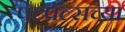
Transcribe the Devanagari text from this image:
पेल्पॅल्सच्या